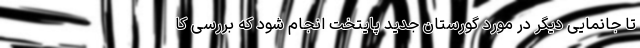
تا جانمایی دیگر در مورد گورستان جدید پایتخت انجام شود که بررسی کا